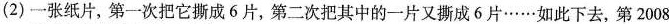
(2)一张纸片，第一次把它撕成6片，第二次把其中的一片又撕成6片……如此下去，第2008